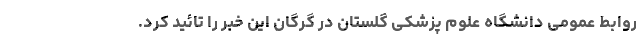
روابط عمومی دانشگاه علوم پزشکی گلستان در گرگان این خبر را تائید کرد.